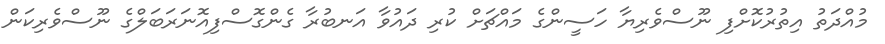
މުއްދަތު އިތުރުކޮށްފި ނޫސްވެރިޔާ ހަސީންގެ މައްޗަށް ކުރި ދައުވާ އަނބުރާ ގެންގޮސްފިއޮނަރަބަލްގެ ނޫސްވެރިކަން